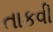
તાકવી